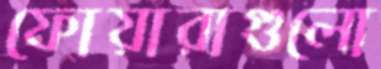
ফোয়ারাগুলো